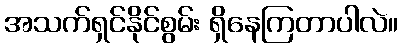
အသက်ရှင်နိုင်စွမ်း ရှိနေကြတာပါလဲ။